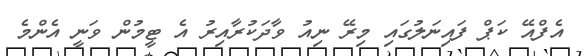
އެފްއޭ ކަޕް ފައިނަލުގައި މިރޭ ނިއު ވާދަކުރާއިރު އެ ޓީމުން ވަނީ އެންމެ